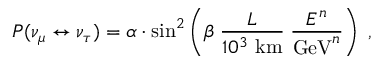
P ( \nu _ { \mu } \leftrightarrow \nu _ { \tau } ) = \alpha \cdot \sin ^ { 2 } \left( \beta \; \frac { L } { 1 0 ^ { 3 } \mathrm { \ k m } } \; \frac { E ^ { n } } { \mathrm { G e V } ^ { n } } \right) \ ,